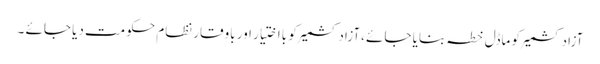
آزادکشمیر کو ماڈل خطہ بنایا جائے ،آزادکشمیر کو بااختیار اور باوقار نظام حکومت دیا جائے ۔